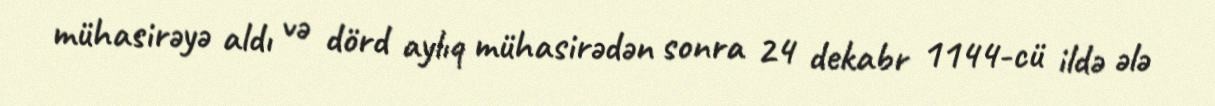
mühasirəyə aldı və dörd aylıq mühasirədən sonra 24 dekabr 1144-cü ildə ələ